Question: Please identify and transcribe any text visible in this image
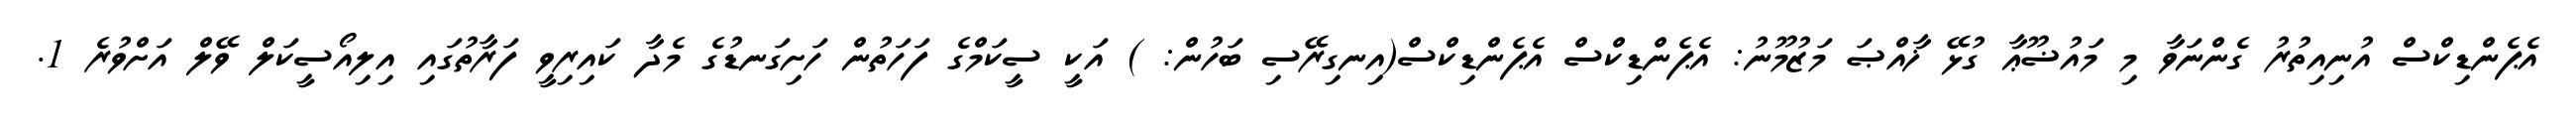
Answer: އެޕެންޑިކްސް އުނިއިތުރު ގެންނަވާ މި މައުޟޫޢާ ގުޅޭ ޚާއްޞަ މަޒުމޫނު: އެޕެންޑިކްސް އެޕެންޑިކްސް(އިނގިރޭސި ބަހުން: ) އަކީ ސީކަމްގެ ފަހަތުން ހަށިގަނޑުގެ މެދާ ކައިރިވީ ފަރާތުގައި އިލިއޯސީކަލް ވޭލް އަށްވުރެ 1.